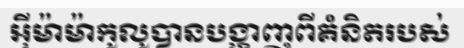
អ៊ីម៉ាម៉ាកូលូបានបង្ហាញពីគំនិតរបស់